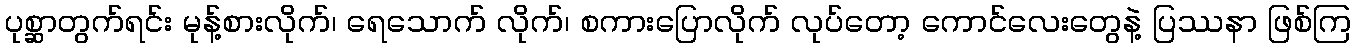
ပုစ္ဆာတွက်ရင်း မုန့်စားလိုက်၊ ရေသောက် လိုက်၊ စကားပြောလိုက် လုပ်တော့ ကောင်လေးတွေနဲ့ ပြဿနာ ဖြစ်ကြ